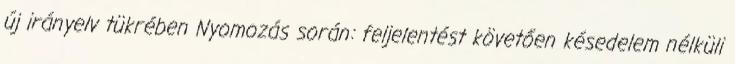
új irányelv tükrében Nyomozás során: feljelentést követően késedelem nélküli